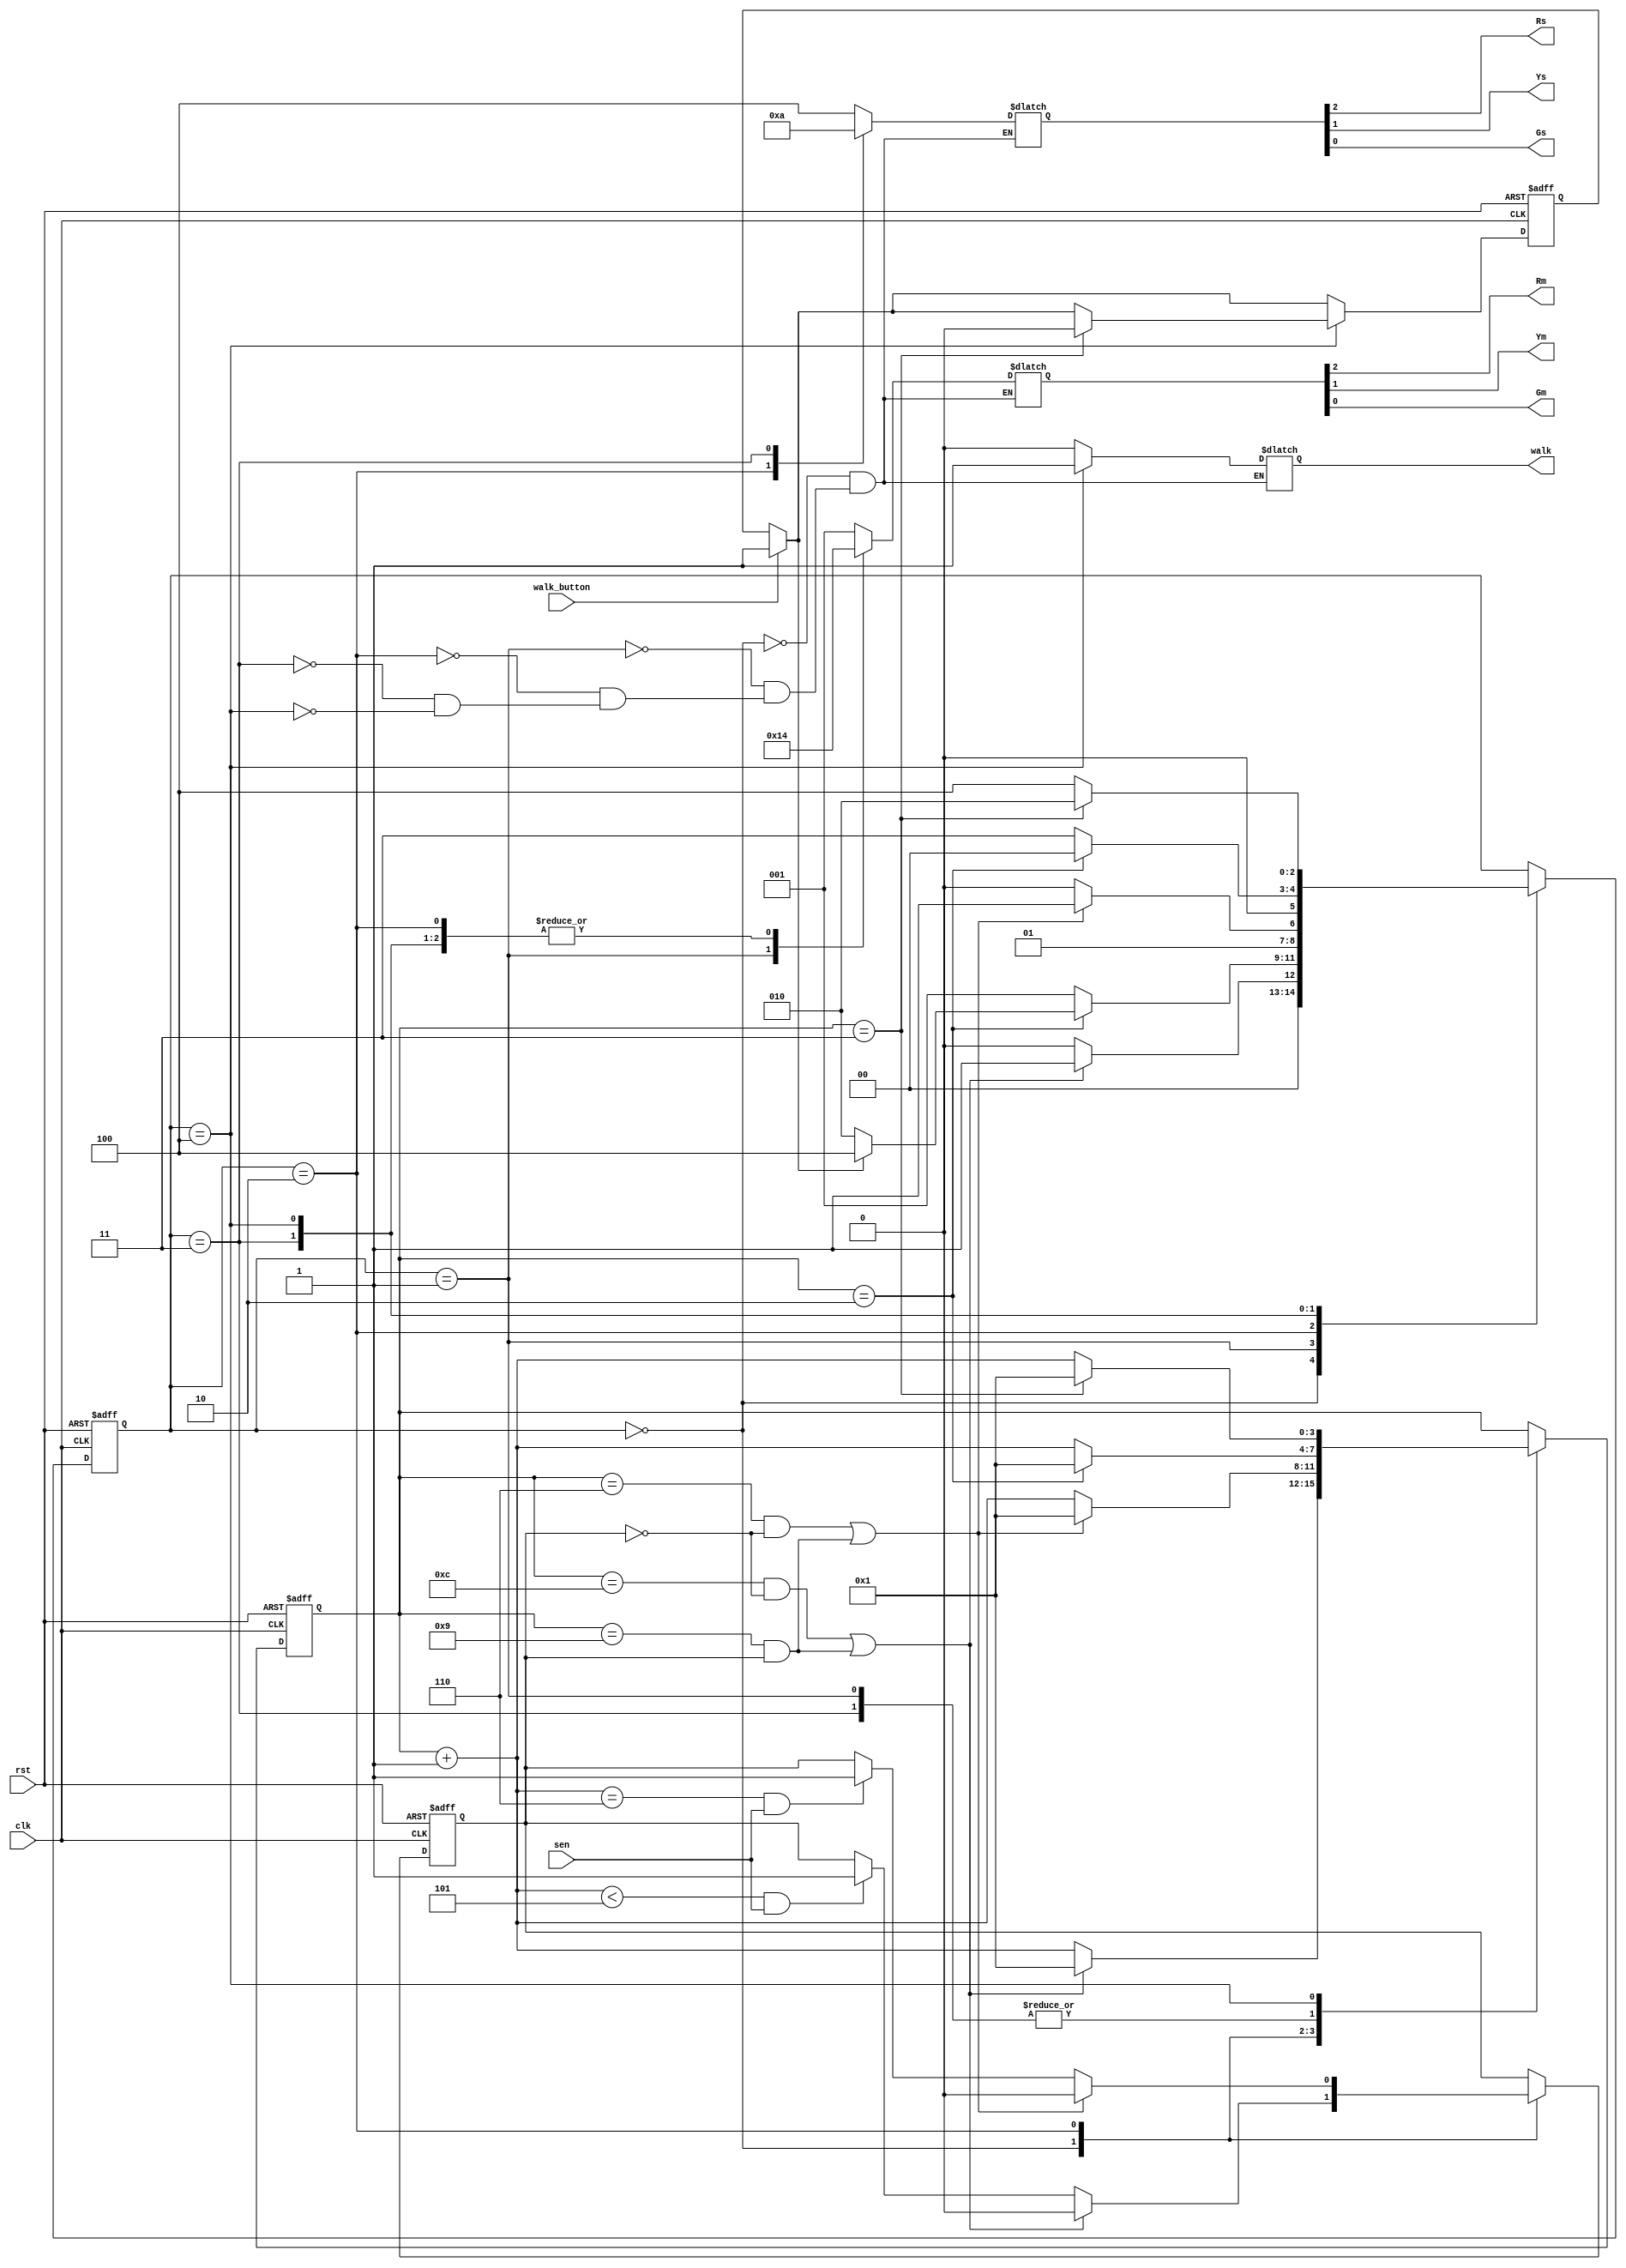
/*
 * Light Controller for lab 2
 */

module lightcontroller (
    input rst,
    input clk,
	input walk_button,
    input sen,
    output Rm,
    output Ym,
    output Gm,
    output Rs,
    output Ys,
    output Gs,
    output walk
);

    /* Debouncing timer */
    // reg [26:0] sys_clk_timer;
    reg [3:0] seconds_passed;

    /* State machine */
    reg [2:0] state;

    /* Walk button triggered */
    reg walk_flag;

    /* Sensor tripped to high in first 6s of Main St Green or last second of Side St */
    reg sensor_flag;

    /* Switching parameters for state of movement */
    parameter [2:0] main_g = 3'b000;
    parameter [2:0] main_y = 3'b001;
    parameter [2:0] side_g = 3'b010;
    parameter [2:0] side_y = 3'b011;
    parameter [2:0] cross = 3'b100;

    /* Light temp registers */
    reg w;
    reg [2:0] main;
    reg [2:0] side;

    always @(posedge clk, posedge rst) begin
        if(rst) begin
            state = 0;
            seconds_passed = 0;
            walk_flag = 0;
            sensor_flag = 0;
        end else begin
            if(walk_button) begin
                walk_flag = 1;
            end

            case (state)
                main_g: begin
                    if((seconds_passed == 12 && sensor_flag == 0) || (seconds_passed == 9 && sensor_flag == 1)) begin 
                        seconds_passed = 1;
                        state = main_y; 
                        sensor_flag = 0;
                    end else begin
                        seconds_passed = seconds_passed + 1;
                        if(seconds_passed < 5 && sen == 1) begin
                            sensor_flag = 1;
                        end
                        state = main_g;
                    end
                end
                main_y: begin
                    if(seconds_passed == 2) begin 
                        seconds_passed = 1;
                        if(walk_flag == 1) begin
                            state = cross;
                        end else begin
                            state = side_g; 
                        end
                    end else begin
                        seconds_passed = seconds_passed + 1;
                        state = main_y;
                    end
                end
                side_g: begin
                    if((seconds_passed == 6 && sensor_flag == 0) || (seconds_passed == 9 && sensor_flag == 1)) begin
                        seconds_passed = 1;
                        state = side_y; 
                        sensor_flag = 0;
                    end else begin
                        seconds_passed = seconds_passed + 1;
                        if(seconds_passed == 6 && sen == 1) begin
                            sensor_flag = 1;
                        end
                        state = side_g;
                    end
                end
                side_y: begin
                    if(seconds_passed == 2) begin 
                        seconds_passed = 1;
                        state = main_g; 
                    end else begin
                        seconds_passed = seconds_passed + 1;
                        state = side_y;
                    end
                end
                cross: begin
                    if(seconds_passed == 3) begin
                        seconds_passed = 1;
                        walk_flag = 0;
                        state = side_g; 
                    end else begin
                        seconds_passed = seconds_passed + 1;
                        state = cross;
                    end
                end
            endcase
        end
    end

    always @(state) begin
        case (state) 
            main_g: begin
                w = 0;
                main = 3'b001;
                side = 3'b100;
            end
            main_y: begin
                w = 0;
                main = 3'b010;
                side = 3'b100;
            end
            side_g: begin
                w = 0;
                main = 3'b100;
                side = 3'b001;
            end
            side_y: begin
                w = 0;
                main = 3'b100;
                side = 3'b010;
            end
            cross: begin
                w = 1;
                main = 3'b100;
                side = 3'b100;
            end
        endcase
    end

    assign walk = w;

    assign Rm = main[2];
    assign Ym = main[1];
    assign Gm = main[0];

    assign Rs = side[2];
    assign Ys = side[1];
    assign Gs = side[0];

endmodule